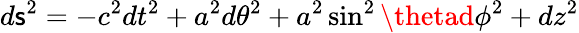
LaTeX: d\mathsf{s}^{2}=-c^{2}dt^{2}+a^{2}d\theta^{2}+a^{2}\sin^{2}\thetad\phi^{2}+dz^{2}